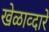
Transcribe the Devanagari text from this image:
खेळाव्दारे